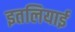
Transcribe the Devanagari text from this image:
इतलियाई